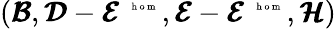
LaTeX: (\pmb{{\cal B}},\pmb{{\cal D}}-\pmb{{\cal E}}^{\mathrm{~\tiny~{~h~o~m~}~}},\pmb{{\cal E}}-\pmb{{\cal E}}^{\mathrm{~\tiny~{~h~o~m~}~}},\pmb{{\cal H}})